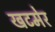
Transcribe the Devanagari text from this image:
खटमेर